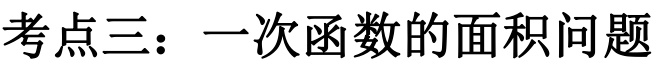
考点三：一次函数的面积问题